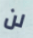
لن